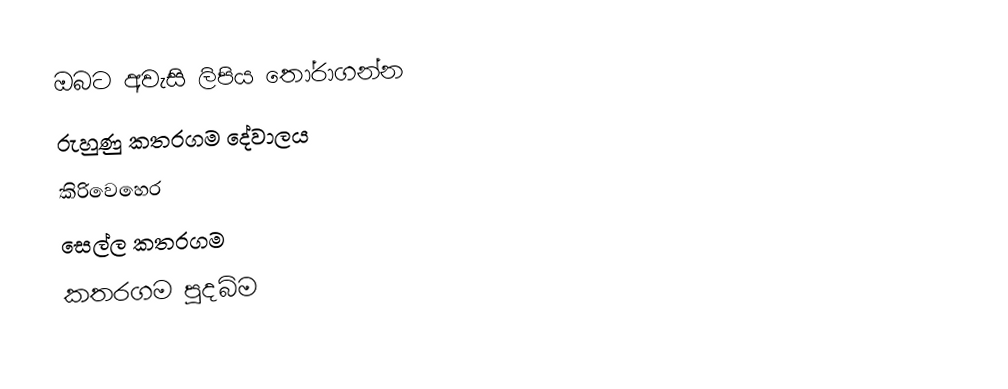
ඔබට අවැසි ලිපිය තෝරාගන්න
 රුහුණු කතරගම දේවාලය
 කිරිවෙහෙර
 සෙල්ල කතරගම
 කතරගම පුදබිම